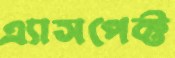
এ্যাসপেক্ট